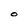
Character: O